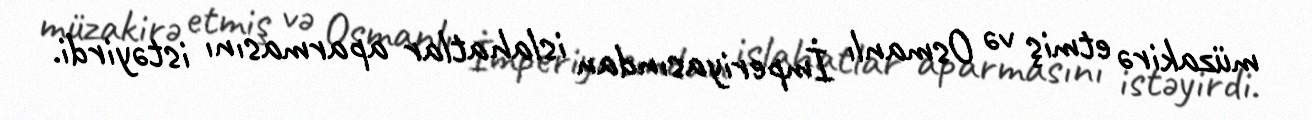
müzakirə etmiş və Osmanlı İmperiyasından islahatlar aparmasını istəyirdi.